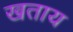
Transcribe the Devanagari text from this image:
खताय